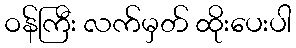
ဝန်ကြီး လက်မှတ် ထိုးပေးပါ